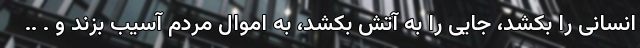
انسانی را بکشد، جایی را به آتش بکشد، به اموال مردم آسیب بزند و . ..